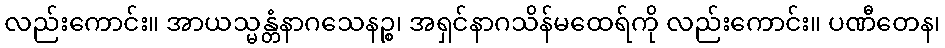
လည်းကောင်း။ အာယသ္မန္တံနာဂသေနဉ္စ၊ အရှင်နာဂသိန်မထေရ်ကို လည်းကောင်း။ ပဏီတေန၊